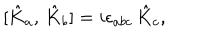
[ \hat { K } _ { a } , \, \hat { K } _ { b } ] = i \epsilon _ { a b c } \, \hat { K } _ { c } ,